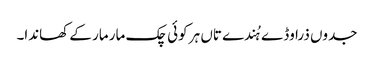
جدوں ذرا وڈے ہُندے تاں ہر کوئی چک مار مار کے کھاندا۔